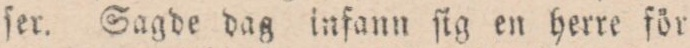
ſer. Sagde dag infann ſig en herre för